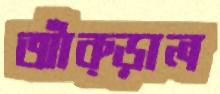
আঁক্‌ড়াল